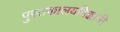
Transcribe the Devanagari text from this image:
पुस्तकालयविज्ञानी